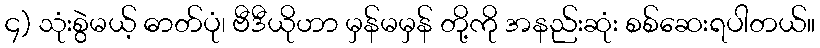
၄) သုံးစွဲမယ့် ဓာတ်ပုံ၊ ဗီဒီယိုဟာ မှန်မမှန် တို့ကို အနည်းဆုံး စစ်ဆေးရပါတယ်။